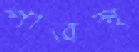
পাত্রস্থ